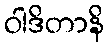
ဝါဒိတာနိ